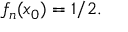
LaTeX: f _ { n } ( x _ { 0 } ) = 1 / 2 .